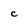
Character: C